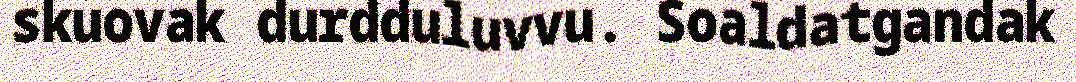
skuovak durdduluvvu. Soaldatgandak